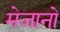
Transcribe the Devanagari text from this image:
मेजानो